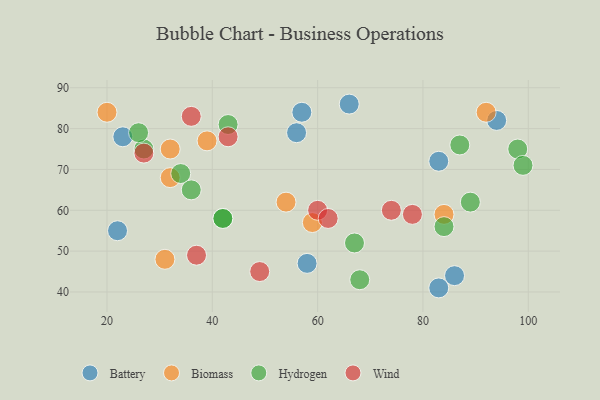
{"axis": {"x": "GDP", "y": "Life Expectancy"}, "legend": ["Battery", "Biomass", "Hydrogen", "Wind"], "data": [{"x": "66", "y": 86, "type": "Battery"}, {"x": "23", "y": 78, "type": "Battery"}, {"x": "58", "y": 47, "type": "Battery"}, {"x": "94", "y": 82, "type": "Battery"}, {"x": "56", "y": 79, "type": "Battery"}, {"x": "22", "y": 55, "type": "Battery"}, {"x": "86", "y": 44, "type": "Battery"}, {"x": "57", "y": 84, "type": "Battery"}, {"x": "83", "y": 72, "type": "Battery"}, {"x": "83", "y": 41, "type": "Battery"}, {"x": "20", "y": 84, "type": "Biomass"}, {"x": "54", "y": 62, "type": "Biomass"}, {"x": "32", "y": 75, "type": "Biomass"}, {"x": "92", "y": 84, "type": "Biomass"}, {"x": "32", "y": 68, "type": "Biomass"}, {"x": "39", "y": 77, "type": "Biomass"}, {"x": "31", "y": 48, "type": "Biomass"}, {"x": "59", "y": 57, "type": "Biomass"}, {"x": "84", "y": 59, "type": "Biomass"}, {"x": "27", "y": 75, "type": "Hydrogen"}, {"x": "43", "y": 81, "type": "Hydrogen"}, {"x": "42", "y": 58, "type": "Hydrogen"}, {"x": "26", "y": 79, "type": "Hydrogen"}, {"x": "98", "y": 75, "type": "Hydrogen"}, {"x": "89", "y": 62, "type": "Hydrogen"}, {"x": "87", "y": 76, "type": "Hydrogen"}, {"x": "67", "y": 52, "type": "Hydrogen"}, {"x": "84", "y": 56, "type": "Hydrogen"}, {"x": "34", "y": 69, "type": "Hydrogen"}, {"x": "42", "y": 58, "type": "Hydrogen"}, {"x": "36", "y": 65, "type": "Hydrogen"}, {"x": "99", "y": 71, "type": "Hydrogen"}, {"x": "68", "y": 43, "type": "Hydrogen"}, {"x": "43", "y": 78, "type": "Wind"}, {"x": "60", "y": 60, "type": "Wind"}, {"x": "74", "y": 60, "type": "Wind"}, {"x": "36", "y": 83, "type": "Wind"}, {"x": "78", "y": 59, "type": "Wind"}, {"x": "49", "y": 45, "type": "Wind"}, {"x": "37", "y": 49, "type": "Wind"}, {"x": "62", "y": 58, "type": "Wind"}, {"x": "27", "y": 74, "type": "Wind"}]}